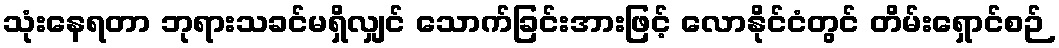
သုံးနေရတာ ဘုရားသခင်မရှိလျှင် သောက်ခြင်းအားဖြင့် လောနိုင်ငံတွင် တိမ်းရှောင်စဉ်